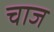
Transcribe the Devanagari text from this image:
चाज